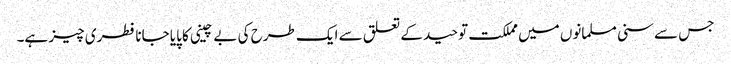
جس سے سنی مسلمانوں میں مملکت توحید کے تعلق سے ایک طرح کی بے چینی کا پایا جانا فطری چیز ہے۔